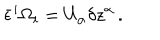
\bar { \epsilon } ^ { i } \Omega _ { i } = U _ { \alpha } \delta z ^ { \alpha } \, .